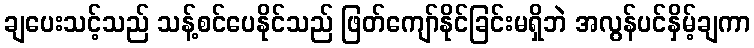
ချပေးသင့်သည် သန့်စင်ပေနိုင်သည် ဖြတ်ကျော်နိုင်ခြင်းမရှိဘဲ အလွန်ပင်နှိမ့်ချကာ